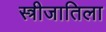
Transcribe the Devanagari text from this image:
स्त्रीजातिला